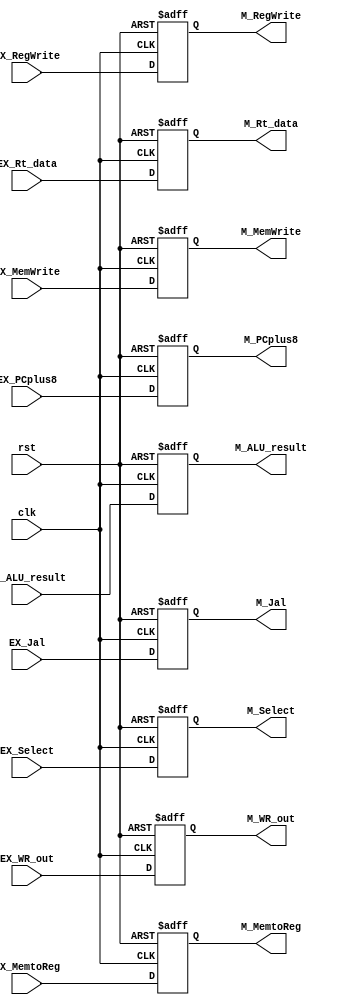
// EX_M

module EX_M ( clk,
			  rst,
			  // input 
			  // WB
			  EX_MemtoReg,
			  EX_RegWrite,
			  // M
			  EX_MemWrite,
			  EX_Jal,
			  EX_Select,
			  // pipe
			  EX_ALU_result,
			  EX_Rt_data,
			  EX_PCplus8,
			  EX_WR_out,
			  // output
			  // WB
			  M_MemtoReg,
			  M_RegWrite,
			  // M
			  M_MemWrite,
			  M_Jal,
			  M_Select,
			  // pipe
			  M_ALU_result,
			  M_Rt_data,
			  M_PCplus8,
			  M_WR_out			  		  			  
			  );
	
	parameter pc_size = 18;	
	parameter data_size = 32;
	
	input clk, rst;		  
			  
	// WB		  
	input EX_MemtoReg;
    input EX_RegWrite;
    // M
    input EX_MemWrite;
	input EX_Jal;
	input EX_Select;
	// pipe		  
	input [data_size-1:0] EX_ALU_result;
    input [data_size-1:0] EX_Rt_data;
    input [pc_size-1:0] EX_PCplus8;
    input [4:0] EX_WR_out;
	
	// WB
	output M_MemtoReg;	
	output M_RegWrite;	
	// M	
	output M_MemWrite;	
	output M_Jal;
	output M_Select;
	// pipe		  
	output [data_size-1:0] M_ALU_result;
	output [data_size-1:0] M_Rt_data;
	output [pc_size-1:0] M_PCplus8;
	output [4:0] M_WR_out;
	
	// WB
	reg M_MemtoReg;	
	reg M_RegWrite;	
	// M	
	reg M_MemWrite;	
	reg M_Jal;
	reg M_Select;
	// pipe		  
	reg [data_size-1:0] M_ALU_result;
	reg [data_size-1:0] M_Rt_data;
	reg [pc_size-1:0] M_PCplus8;
    reg [4:0] M_WR_out;
	
	always @(negedge clk or posedge rst) begin
		if (rst) begin
			// WB
		    M_MemtoReg		 <= 0;	
		    M_RegWrite		 <= 0;	
		    // M	
		    M_MemWrite		 <= 0;	
		    M_Jal			 <= 0;
			M_Select		 <= 0;			
		    // pipe		  
		    M_ALU_result	 <= 0;
		    M_Rt_data		 <= 0;
		    M_PCplus8		 <= 0;
		    M_WR_out		 <= 0;		
		end
		else begin
			// WB
			M_MemtoReg		 <= EX_MemtoReg;
		    M_RegWrite		 <= EX_RegWrite;
		    // M	
		    M_MemWrite		 <= EX_MemWrite;
		    M_Jal			 <= EX_Jal;
			M_Select    	 <= EX_Select;
		    // pipe		  
		    M_ALU_result	 <= EX_ALU_result;
		    M_Rt_data		 <= EX_Rt_data;
		    M_PCplus8		 <= EX_PCplus8;
		    M_WR_out		 <= EX_WR_out;
		end
	end
	
endmodule